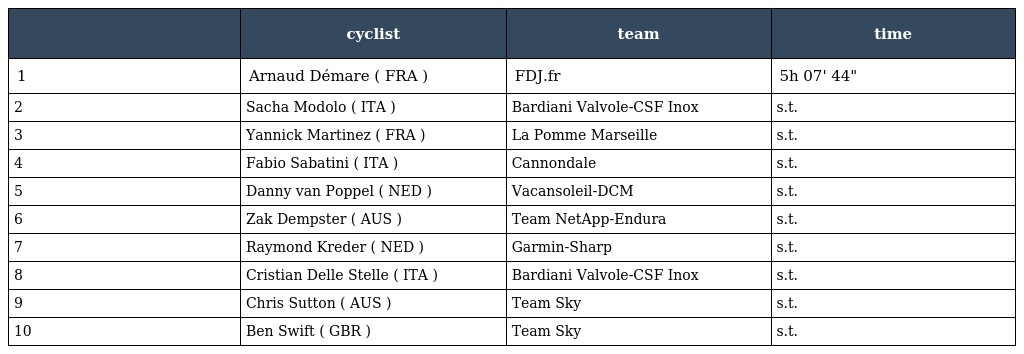
|  | cyclist | team | time |
 | --- | --- | --- | --- |
 | 1 | Arnaud Démare ( FRA ) | FDJ.fr | 5h 07' 44" |
 | 2 | Sacha Modolo ( ITA ) | Bardiani Valvole-CSF Inox | s.t. |
 | 3 | Yannick Martinez ( FRA ) | La Pomme Marseille | s.t. |
 | 4 | Fabio Sabatini ( ITA ) | Cannondale | s.t. |
 | 5 | Danny van Poppel ( NED ) | Vacansoleil-DCM | s.t. |
 | 6 | Zak Dempster ( AUS ) | Team NetApp-Endura | s.t. |
 | 7 | Raymond Kreder ( NED ) | Garmin-Sharp | s.t. |
 | 8 | Cristian Delle Stelle ( ITA ) | Bardiani Valvole-CSF Inox | s.t. |
 | 9 | Chris Sutton ( AUS ) | Team Sky | s.t. |
 | 10 | Ben Swift ( GBR ) | Team Sky | s.t. |